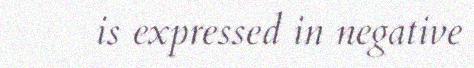
is expressed in negative